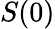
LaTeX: S(0)